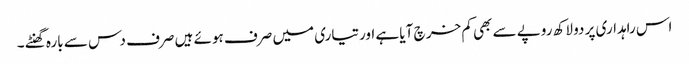
اس راہداری پر دو لاکھ روپے سے بھی کم خر چ آیا ہے اورتیاری میں صرف ہوئے ہیں صرف دس سے بارہ گھنٹے ۔